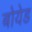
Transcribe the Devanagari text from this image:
बोयेड